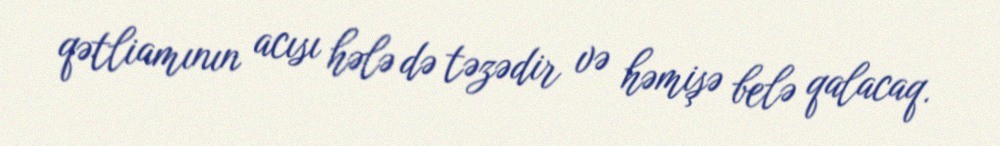
qətliamının acısı hələ də təzədir və həmişə belə qalacaq.